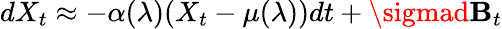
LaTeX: dX_{t}\approx-\alpha(\lambda)(X_{t}-\mu(\lambda))dt+\sigmad\mathbf{B}_{t}